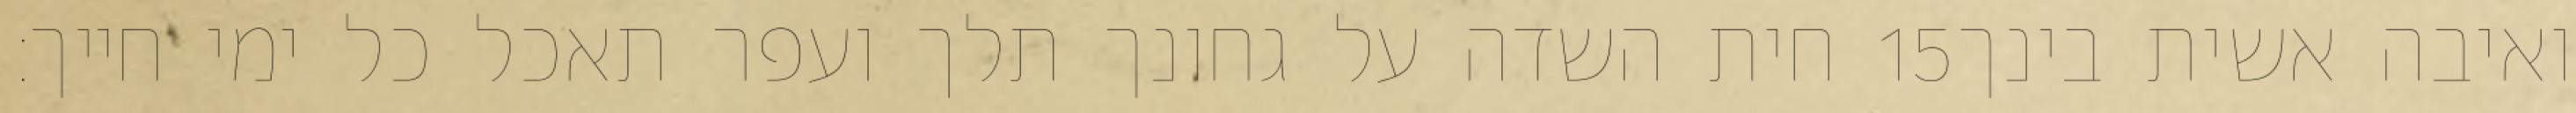
חית השדה על גחונך תלך ועפר תאכל כל ימי חייך׃ ‎15‏ ואיבה אשית בינך